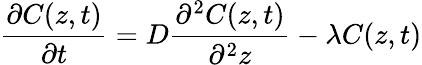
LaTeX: \frac{\partial C(z,t)}{\partial t}=D\frac{\partial^{2}C(z,t)}{\partial^{2}z}-\lambda C(z,t)